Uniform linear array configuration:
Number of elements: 24
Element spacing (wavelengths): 0.5
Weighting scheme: hamming
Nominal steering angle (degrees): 60
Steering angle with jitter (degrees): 59.294
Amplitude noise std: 0.05
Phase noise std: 0.05

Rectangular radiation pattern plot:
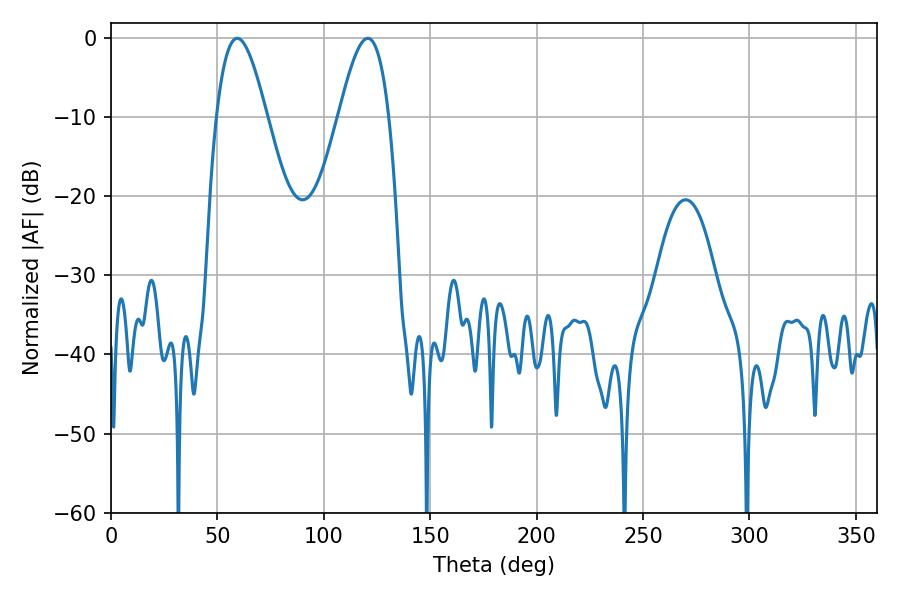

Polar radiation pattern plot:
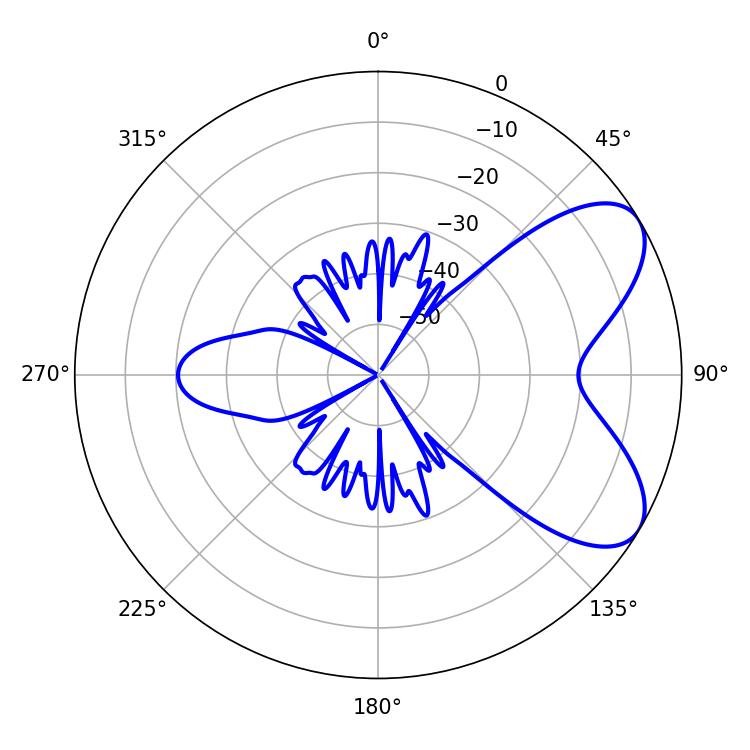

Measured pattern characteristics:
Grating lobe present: FALSE
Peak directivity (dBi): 6.738
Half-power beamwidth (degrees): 12.6
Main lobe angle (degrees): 59.4